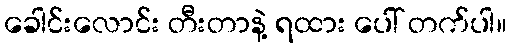
ခေါင်းလောင်း တီးတာနဲ့ ရထား ပေါ် တက်ပါ။